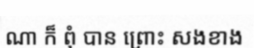
ណា ក៏ ពុំ បាន ព្រោះ សងខាង